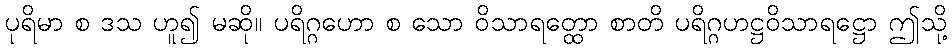
ပုရိမာ စ ဒသ ဟူ၍ မဆို။ ပရိဂ္ဂဟော စ သော ဝိသာရတ္ထော စာတိ ပရိဂ္ဂဟဋ္ဌဝိသာရဋ္ဌော ဤသို့